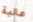
عالية